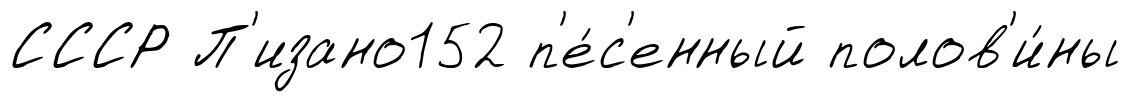
СССР П'изано152 п'е́с'енный полов'и́ны